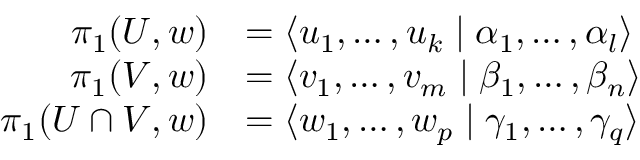
{ \begin{array} { r l } { \pi _ { 1 } ( U , w ) } & { = \langle u _ { 1 } , \dots , u _ { k } \mid \alpha _ { 1 } , \dots , \alpha _ { l } \rangle } \\ { \pi _ { 1 } ( V , w ) } & { = \langle v _ { 1 } , \dots , v _ { m } \mid \beta _ { 1 } , \dots , \beta _ { n } \rangle } \\ { \pi _ { 1 } ( U \cap V , w ) } & { = \langle w _ { 1 } , \dots , w _ { p } \mid \gamma _ { 1 } , \dots , \gamma _ { q } \rangle } \end{array} }